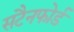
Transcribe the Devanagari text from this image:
सटैनफोर्ड